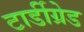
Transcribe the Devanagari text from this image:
टार्डीग्रेड